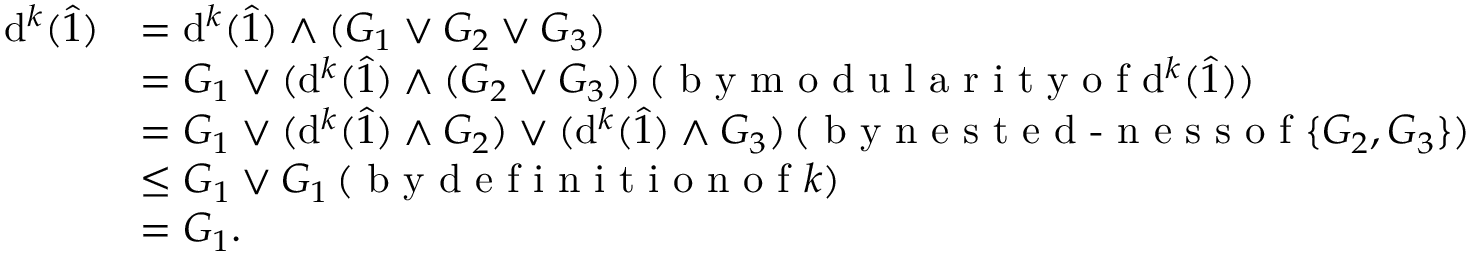
\begin{array} { r l } { \mathrm { d } ^ { k } ( \hat { 1 } ) } & { = \mathrm { d } ^ { k } ( \hat { 1 } ) \wedge ( G _ { 1 } \vee G _ { 2 } \vee G _ { 3 } ) } \\ & { = G _ { 1 } \vee ( \mathrm { d } ^ { k } ( \hat { 1 } ) \wedge ( G _ { 2 } \vee G _ { 3 } ) ) \, ( \textrm { b y m o d u l a r i t y o f } \mathrm { d } ^ { k } ( \hat { 1 } ) ) } \\ & { = G _ { 1 } \vee ( \mathrm { d } ^ { k } ( \hat { 1 } ) \wedge G _ { 2 } ) \vee ( \mathrm { d } ^ { k } ( \hat { 1 } ) \wedge G _ { 3 } ) \, ( \textrm { b y n e s t e d - n e s s o f } \{ G _ { 2 } , G _ { 3 } \} ) } \\ & { \leq G _ { 1 } \vee G _ { 1 } \, ( \textrm { b y d e f i n i t i o n o f } k ) } \\ & { = G _ { 1 } . } \end{array}